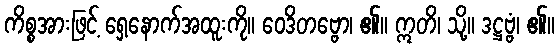
ကိစ္စအားဖြင့် ရှေ့နောက်အထူးကို။ ဝေဒိတဗ္ဗော၊ ၏။ ဣတိ၊ သို့။ ဒဋ္ဌဗ္ဗံ၊ ၏။